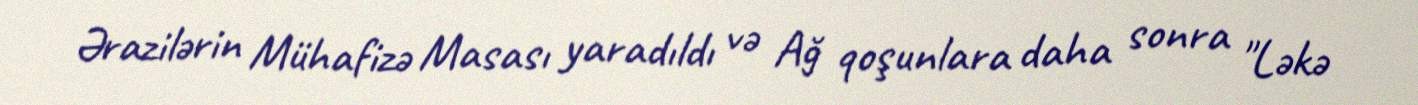
Ərazilərin Mühafizə Masası yaradıldı və Ağ qoşunlara daha sonra "Ləkə